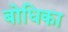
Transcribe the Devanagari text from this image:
बोधिका